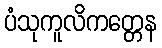
ပံသုကူလိကတ္တေန